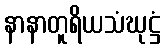
နာနာတူရိယသံဃုဋ္ဌံ